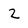
Character: 2